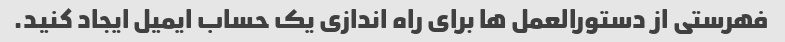
فهرستی از دستورالعمل ها برای راه اندازی یک حساب ایمیل ایجاد کنید.